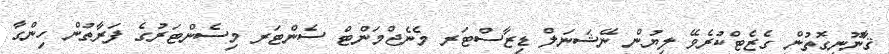
ޤާނޫނީގޮތުން ގެޒެޓްކުރެވޭ ލިޔުން ނޭޝަނަލް ޑިޒާސްޓަރ މެނެޖްމަންޓް ސެންޓަރ މިސެންޓަރުގެ ފަރާތުން ހިންގާ